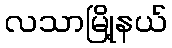
လသာမြို့နယ်